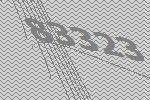
83323